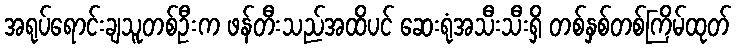
အရုပ်ရောင်းချသူတစ်ဦးက ဖန်တီးသည်အထိပင် ဆေးရုံအသီးသီးရှိ တစ်နှစ်တစ်ကြိမ်ထုတ်